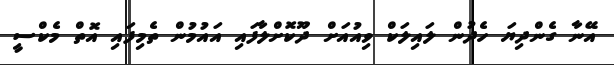
އޭނާ ގެންދިޔަ ހެދުން ލައިލަކް ވިއުއަށް ދޫކޮށްލާފައި އައުމުން ތެމިފައި އޮތް މެކްސީ